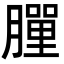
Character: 𦡃